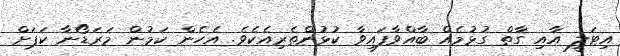
އިޓަލީ އާއި ގާތް ގުޅުމެއް ބާއްވާފައިވާ ކުޅުންތެރިއެކެވެ. އެހެން ކަމުން މަރަޑޯނާ ކަޕަށް